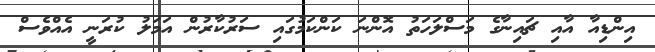
އިންޑިއާ އާއި ޗައިނާގެ މަސްލަހަތު އޮންނަ ކަންކަމުގައި ސަރުކާރުން އަމަލު ކުރަނީ އެއްވެސް